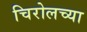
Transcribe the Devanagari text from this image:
चिरोलच्या